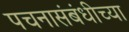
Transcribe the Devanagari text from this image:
पचनासंबंधीच्या